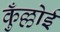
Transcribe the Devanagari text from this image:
कुँल्लोई